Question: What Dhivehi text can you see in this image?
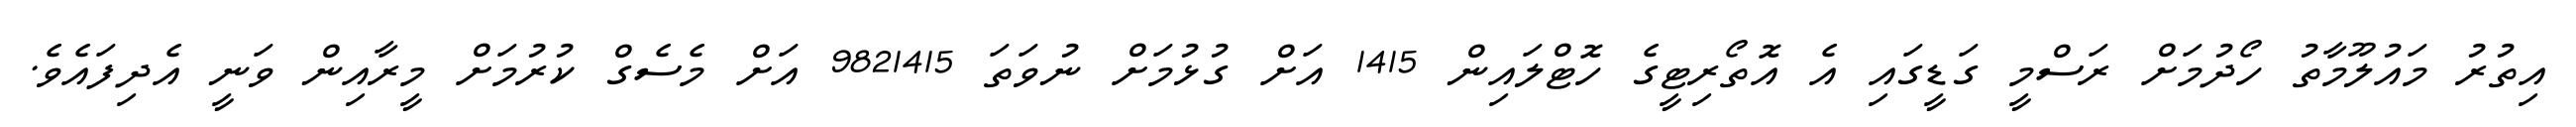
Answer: އިތުރު މައުލޫމާތު ހޯދުމަށް ރަސްމީ ގަޑީގައި އެ އޮތޯރިޓީގެ ހޮޓްލައިން 1415 އަށް ގުޅުމަށް ނުވަތަ 9821415 އަށް މެސެގް ކުރުމަށް މީރާއިން ވަނީ އެދިފައެވެ.